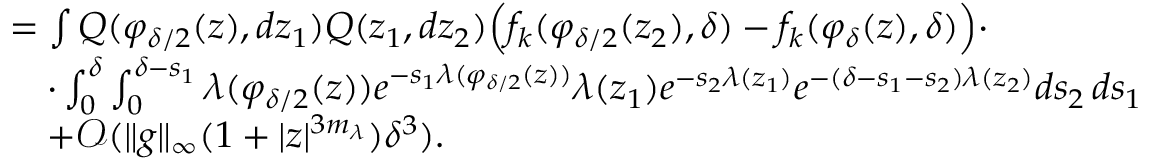
\begin{array} { r l } & { = \int Q ( \varphi _ { \delta / 2 } ( z ) , d z _ { 1 } ) Q ( z _ { 1 } , d z _ { 2 } ) \Big ( f _ { k } ( \varphi _ { \delta / 2 } ( z _ { 2 } ) , \delta ) - f _ { k } ( \varphi _ { \delta } ( z ) , \delta ) \Big ) \cdot } \\ & { \quad \cdot \int _ { 0 } ^ { \delta } \int _ { 0 } ^ { \delta - s _ { 1 } } \lambda ( \varphi _ { \delta / 2 } ( z ) ) e ^ { - s _ { 1 } \lambda ( \varphi _ { \delta / 2 } ( z ) ) } \lambda ( z _ { 1 } ) e ^ { - s _ { 2 } \lambda ( z _ { 1 } ) } e ^ { - ( \delta - s _ { 1 } - s _ { 2 } ) \lambda ( z _ { 2 } ) } d s _ { 2 } \, d s _ { 1 } } \\ & { \quad + \mathcal { O } ( \lVert g \rVert _ { \infty } ( 1 + \lvert z \rvert ^ { 3 m _ { \lambda } } ) \delta ^ { 3 } ) . } \end{array}